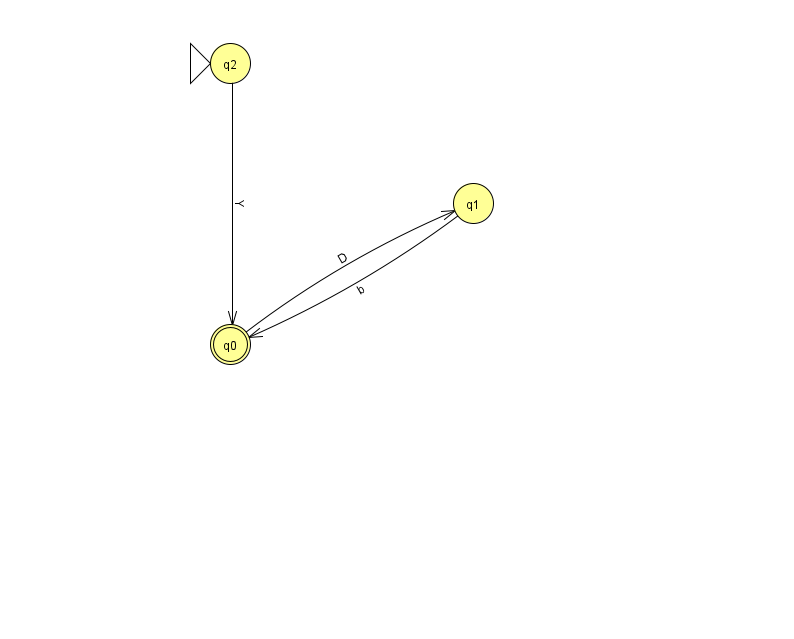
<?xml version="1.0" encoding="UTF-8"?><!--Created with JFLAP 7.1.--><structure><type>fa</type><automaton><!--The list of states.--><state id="0" name="q0"><x>230.0</x><y>331.0</y><final/></state><state id="1" name="q1"><x>473.0</x><y>190.0</y></state><state id="2" name="q2"><x>230.0</x><y>50.0</y><initial/></state><!--The list of transitions.--><transition><from>0</from><to>1</to><read>D</read></transition><transition><from>1</from><to>0</to><read>b</read></transition><transition><from>2</from><to>0</to><read>Y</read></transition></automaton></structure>